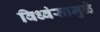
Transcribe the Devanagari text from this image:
विध्वंसामुळे